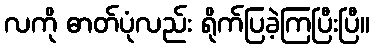
လကို ဓာတ်ပုံလည်း ရိုက်ပြခဲ့ကြပြီးပြီ။